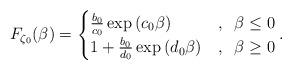
LaTeX: \begin{align*}F_{\zeta_0}(\beta)=\begin{cases}\frac{b_0}{c_0} \exp\left(c_0 \beta\right) & , \;\; \beta\leq 0\\1+\frac{b_0}{d_0} \exp\left(d_0 \beta\right) & , \;\; \beta\geq 0\end{cases}.\end{align*}